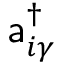
\mathsf { a } _ { i \gamma } ^ { \dagger }